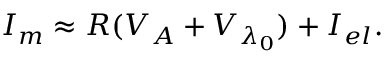
{ { I _ { m } } } \approx R ( { { V } _ { { A } } } + { { V } _ { { { \lambda } _ { 0 } } } } ) + I _ { e l } .